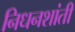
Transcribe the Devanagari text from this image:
निधनशांती